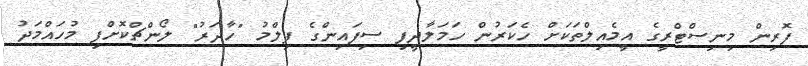
ފޮރިން މިނިސްޓްރީގެ އީމެއިލްތަކަށް ހެކަރުން ހަމަލާދީފި ސިފައިންގެ ފިލްމު "ހާދަރު" ލޯންޗްކޮށްފި މުހައްމަދު